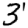
Digit: 3